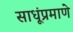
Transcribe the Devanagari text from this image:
साधूंप्रमाणे